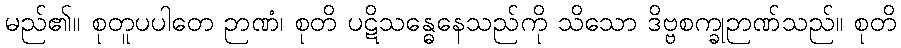
မည်၏။ စုတူပပါတေ ဉာဏံ၊ စုတိ ပဋိသန္ဓေနေသည်ကို သိသော ဒိဗ္ဗစက္ခုဉာဏ်သည်။ စုတိ